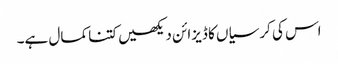
اس کی کرسیاں کا ڈیزائن دیکھیں کتنا کمال ہے۔